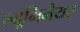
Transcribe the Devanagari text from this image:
ल्यूमिनेयर